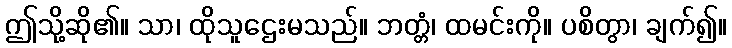
ဤသို့ဆို၏။ သာ၊ ထိုသူဌေးမသည်။ ဘတ္တံ၊ ထမင်းကို။ ပစိတွာ၊ ချက်၍။